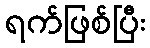
ရက်ဖြစ်ပြီး